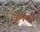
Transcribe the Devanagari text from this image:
टेमपो